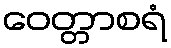
ဝေတ္တာစရံ